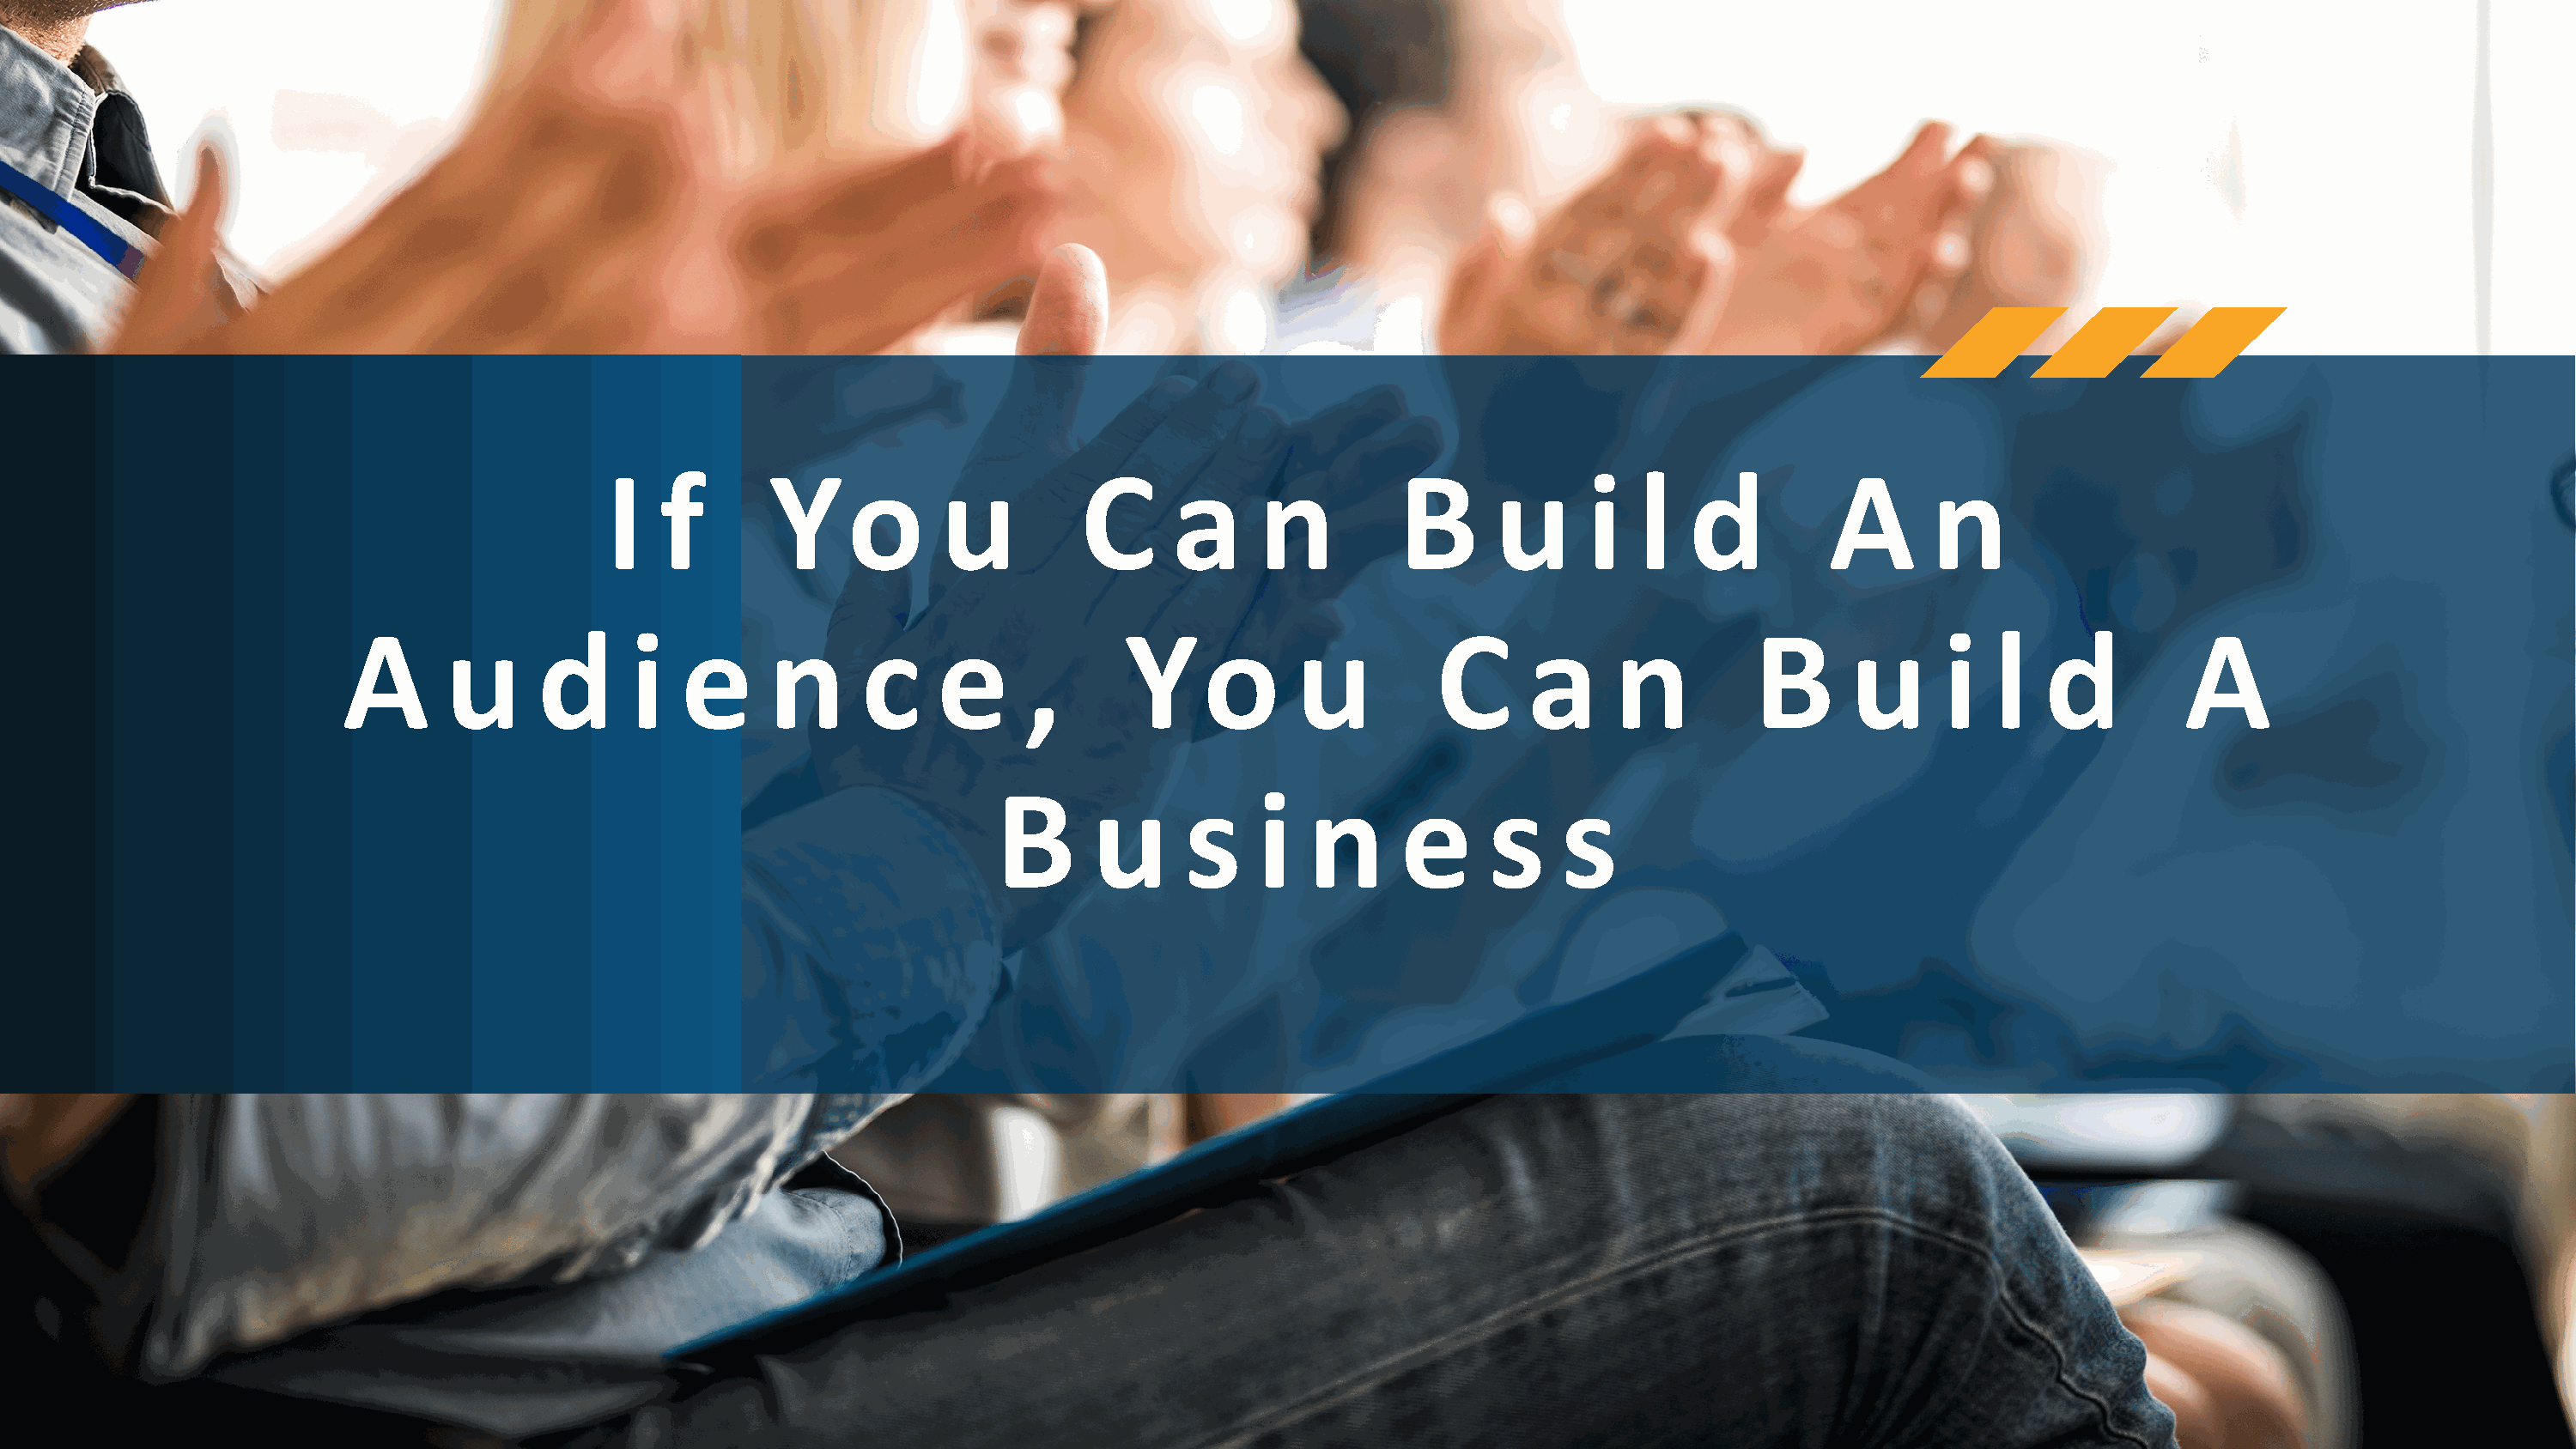
I   f       Yo           u          C      a      n          B      u      i   l   d          A       n
 A       u      d       i  e      n      c     e      ,       Yo           u          C      a     n          B       u      i   l   d         A
 B      u      s     i   n      e      s    s